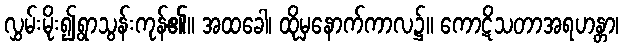
လွှမ်းမိုး၍ရွာသွန်းကုန်၏။ အထခေါ၊ ထိုမှနောက်ကာလ၌။ ကောဋိသတာအရဟန္တာ၊